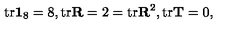
\mathrm { t r } \mathbf { 1 } _ { 8 } = 8 , \mathrm { t r } \mathbf { R } = 2 = \mathrm { t r } \mathbf { R } ^ { 2 } , \mathrm { t r } \mathbf { T } = 0 ,